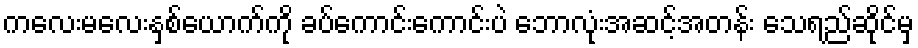
ကလေးမလေးနှစ်ယောက်ကို ခပ်ကောင်းကောင်းပဲ ဘောလုံးအဆင့်အတန်း သေရည်ဆိုင်မှ